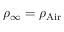
\rho _ { \infty } = \rho _ { \mathrm { { A i r } } }